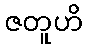
ဇတူဟိ